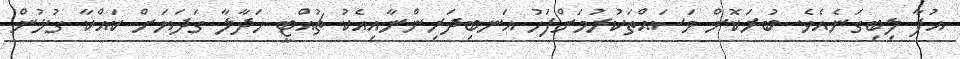
އުފާ ލިބިގަނެއެވެ. ބުރަކޮށް މަސައްތަކުރުމަށްފަހު އަނބިދަރިންނާއިއެކު ޗުއްޓީ ހަދާލާ ގަދަޔަށް ކައްކާ ގުޅުން